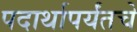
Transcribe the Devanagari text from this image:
पदार्थापर्यंतचे